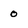
Character: 0